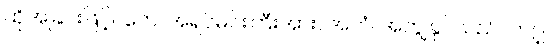
ထိုအခြင်းဖြင့်။ တေ၊ အရှင်မင်းကြီးအား။ အဟံ၊ အကျွန်ုပ်သည်။ တဂ္ဃ၊